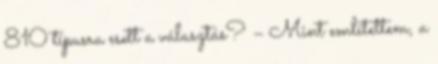
810 típusra esett a választás? – Mint említettem, a